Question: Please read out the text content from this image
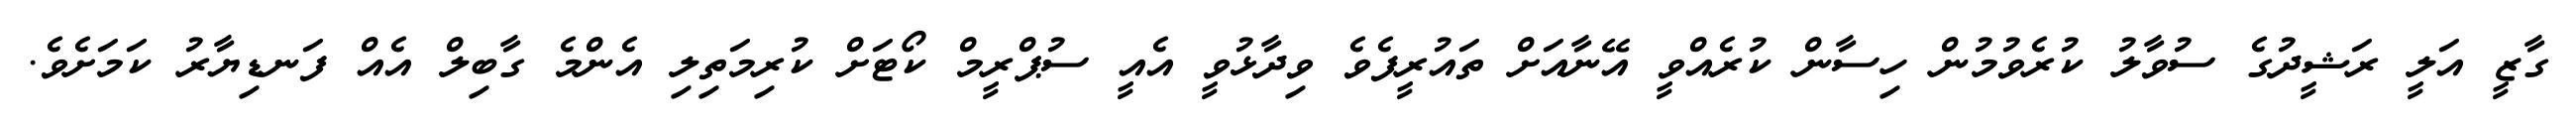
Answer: ގާޒީ އަލީ ރަޝީދުގެ ސުވާލު ކުރެވުމުން ހިސާން ކުރެއްވީ އޭނާއަށް ތައުރީފެވެ ވިދާޅުވީ އެއީ ސުޕްރީމް ކޯޓަށް ކުރިމަތިލި އެންމެ ގާބިލް އެއް ފަނޑިޔާރު ކަމަށެވެ.